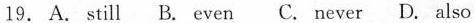
19. A. still B. even C. never D. also